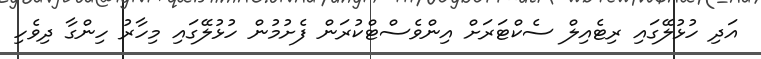
އަދި ހުޅުލޭގައި ރިޓެއިލް ސެކްޓަރަށް އިންވެސްޓްކުރަން ފެށުމުން ހުޅުލޭގައި މިހާރު ހިންގާ ދިވެހި